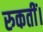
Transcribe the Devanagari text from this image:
रुकतीं।